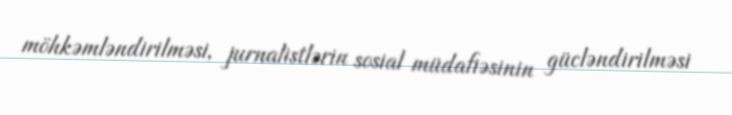
möhkəmləndirilməsi, jurnalistlərin sosial müdafiəsinin gücləndirilməsi